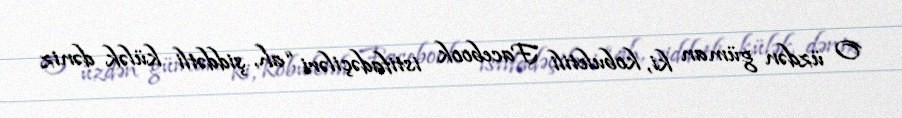
O üzdən güman ki, kobuletili Facebook istifadəçiləri “ah, şiddətli külək dəniz